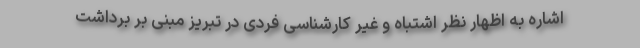
اشاره به اظهار نظر اشتباه و غیر کارشناسی فردی در تبریز مبنی بر برداشت